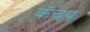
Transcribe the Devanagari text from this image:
कॅचप